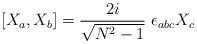
LaTeX: \begin{align*}[X_{a},X_{b}]= \frac{2i}{\sqrt{N^2-1}}\ \epsilon_{abc} X_{c}\end{align*}